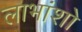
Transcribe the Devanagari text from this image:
लाभांशो